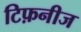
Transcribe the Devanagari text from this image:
टिफ़नीज